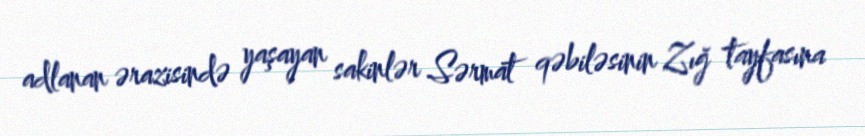
adlanan ərazisində yaşayan sakinlər Sərmat qəbiləsinin Zığ tayfasına